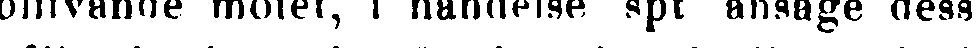
blifvande mötet, i händelse spt ansåge dess